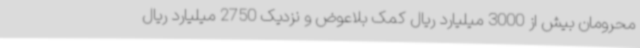
محرومان بیش از 3000 میلیارد ریال کمک بلاعوض و نزدیک 2750 میلیارد ریال